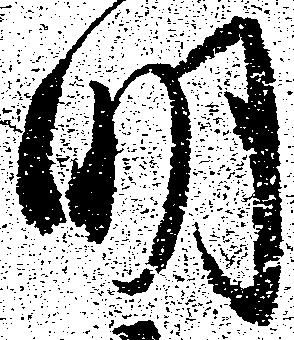
明